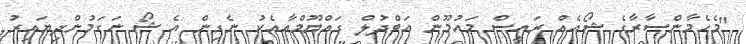
"މެހެމާންސާރާގެ ޝޯއެއް ރައީސް މައުމޫން އަބްދުލް ގައްޔޫމްއާއެކު ނެގިން އެ ޝޯ ނަގަމުންދިޔައިރު